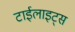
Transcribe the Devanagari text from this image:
टाईलाइट्स